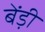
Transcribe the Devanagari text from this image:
बेंड़ी